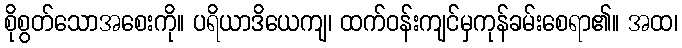
စိုစွတ်သောအစေးကို။ ပရိယာဒိယေကျ၊ ထက်ဝန်းကျင်မှကုန်ခမ်းစေရာ၏။ အထ၊